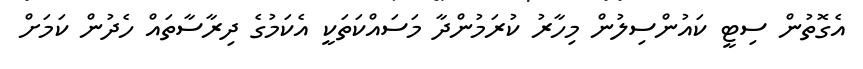
އެގޮތުން ސިޓީ ކައުންސިލުން މިހާރު ކުރަމުންދާ މަސައްކަތަކީ އެކަމުގެ ދިރާސާތައް ހެދުން ކަމަށް